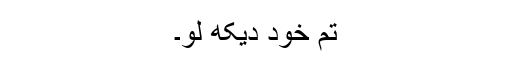
تم خود دیکھ لو۔